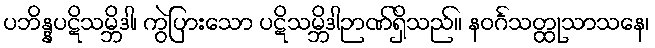
ပဘိန္နပဋိသမ္ဘိဒါ၊ ကွဲပြားသော ပဋိသမ္ဘိဒါဉာဏ်ရှိသည်။ နဝင်္ဂသတ္ထုသာသနေ၊